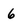
Character: 6